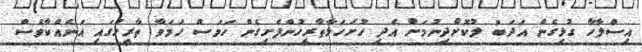
އިސްލާހާ ގުޅިގެން އަދަބު ލުކޮށްދިނުމަށް އެދި ހުށަހަޅާތާރީހުންފެށިގެން ހަމަސް ހަމަވާ ތާރީހުގައި އަނެއްކާވެސް